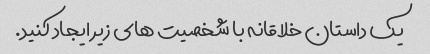
یک داستان خلاقانه با شخصیت های زیر ایجاد کنید.